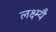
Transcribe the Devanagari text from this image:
लक्ष्म्यै